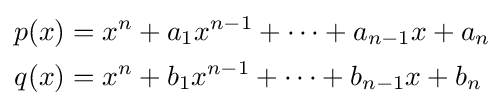
{\begin{aligned}p(x)&=x^{n}+a_{1}x^{n-1}+\cdots +a_{n-1}x+a_{n}\\q(x)&=x^{n}+b_{1}x^{n-1}+\cdots +b_{n-1}x+b_{n}\end{aligned}}